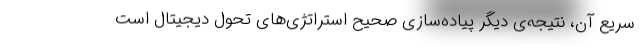
سریع آن، نتیجه‌ی دیگر پیاده‌سازی صحیح استراتژی‌های تحول دیجیتال است